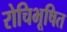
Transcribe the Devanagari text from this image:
रोचिभूषित